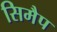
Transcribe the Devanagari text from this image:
सिमैप